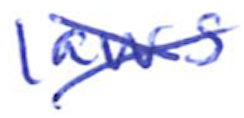
Text: laws
Cross-out: cross
Writing tool: ballpoint